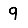
Digit: 9